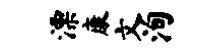
漂康文洵